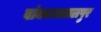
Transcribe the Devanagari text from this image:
बांकाजलालपुर